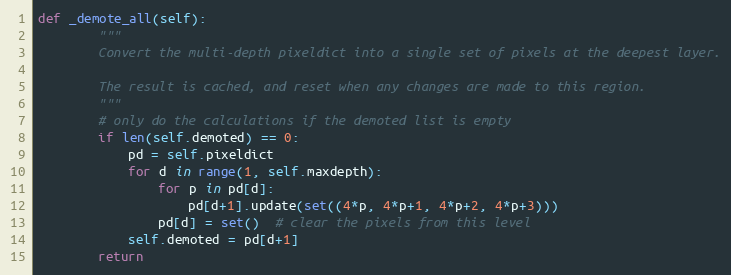
Language: Python
def _demote_all(self):
        """
        Convert the multi-depth pixeldict into a single set of pixels at the deepest layer.

        The result is cached, and reset when any changes are made to this region.
        """
        # only do the calculations if the demoted list is empty
        if len(self.demoted) == 0:
            pd = self.pixeldict
            for d in range(1, self.maxdepth):
                for p in pd[d]:
                    pd[d+1].update(set((4*p, 4*p+1, 4*p+2, 4*p+3)))
                pd[d] = set()  # clear the pixels from this level
            self.demoted = pd[d+1]
        return